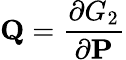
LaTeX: \mathbf{Q}={\frac{\partial G_{2}}{\partial\mathbf{P}}}